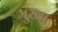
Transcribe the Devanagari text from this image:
मुखा